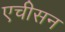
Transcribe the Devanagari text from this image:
एचीसन